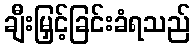
ချီးမြှင့်ခြင်းခံရသည်